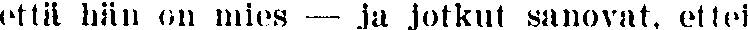
että hän on mies — ja jotkut sanovat, ettei